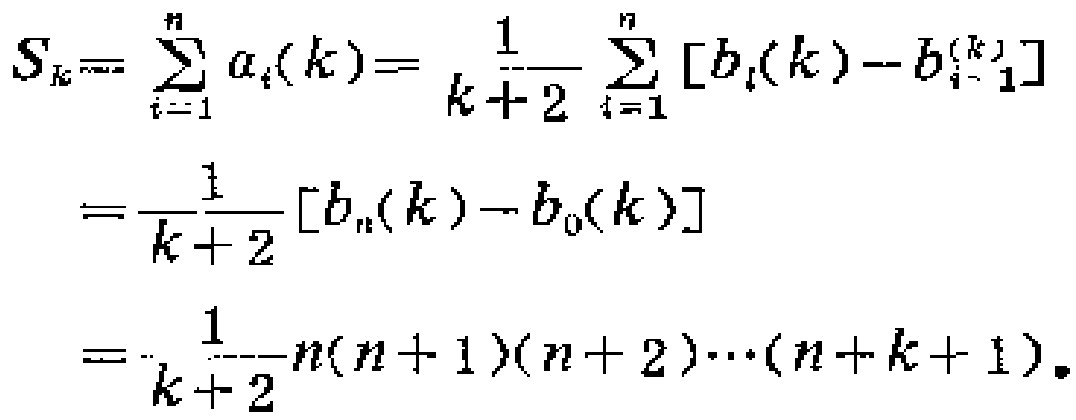
\[
\begin{align*}
S_{k}&=\sum_{i = 1}^{n}a_{i}(k)=\frac{1}{k + 2}\sum_{i = 1}^{n}[b_{i}(k)-b_{i - 1}^{(k)}]\\
&=\frac{1}{k + 2}[b_{n}(k)-b_{0}(k)]\\
&=\frac{1}{k + 2}n(n + 1)(n + 2)\cdots(n + k + 1).
\end{align*}
\]